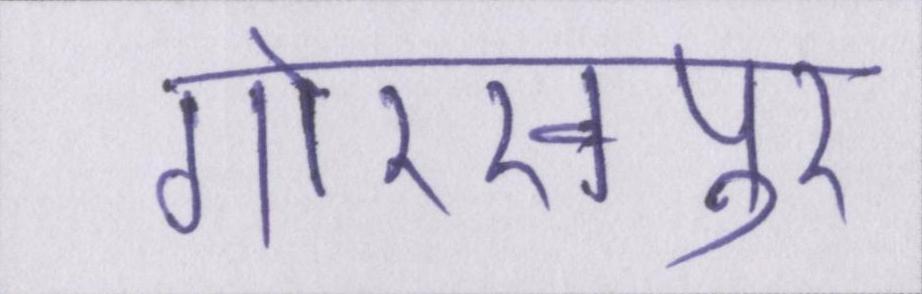
गोरखपुर